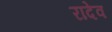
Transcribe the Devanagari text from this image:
रादेव